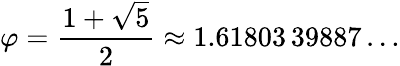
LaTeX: \varphi={\frac{1+{\sqrt{5}}}{2}}\approx 1.61803\, 39887\ldots